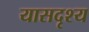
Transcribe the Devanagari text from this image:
यासदृश्य